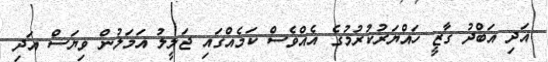
އަދި އަބްދު ގާޒީ ހައްޔަރުކުރުމުގެ އެއްވެސް ކަމެއްގައި ޖަލީލު އަމަލުން ވިޔަސް އަދި